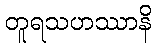
တူရသဟဿာနိ